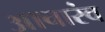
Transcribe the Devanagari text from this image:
आचारंव